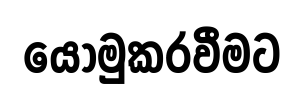
යොමුකරවීමට